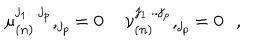
\mu _ { ( n ) } ^ { j _ { 1 } . . . j _ { p } } , _ { j _ { p } } = 0 \, \, \, \, \, \, \, \nu _ { ( n ) } ^ { j _ { 1 } . . . j _ { p } } , _ { j _ { p } } = 0 \, \, \, \, ,